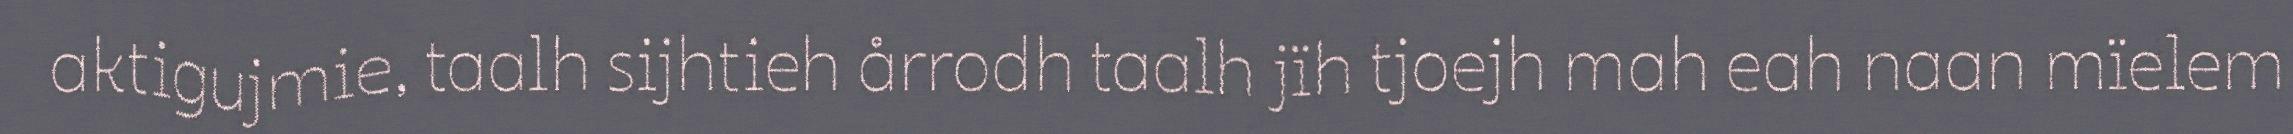
aktigujmie, taalh sijhtieh årrodh taalh jïh tjoejh mah eah naan mïelem